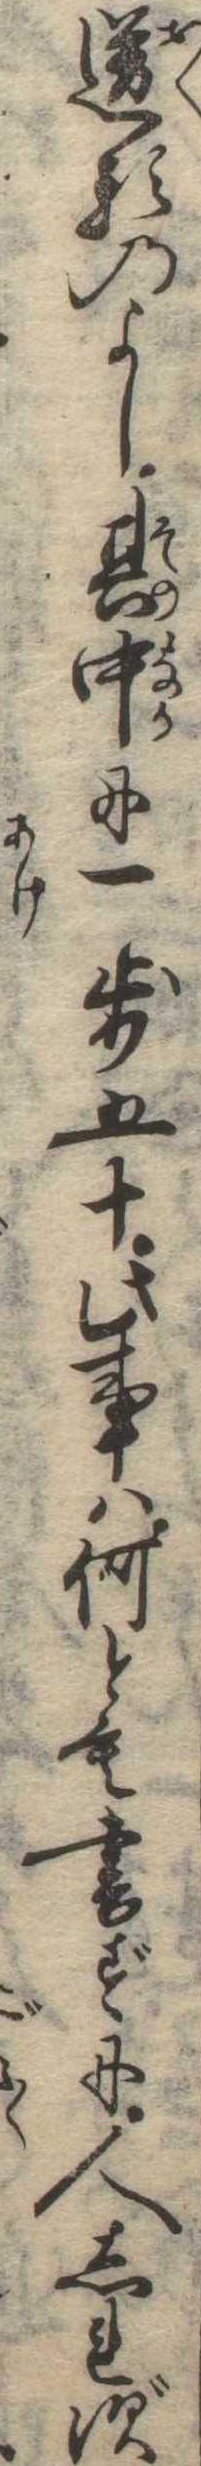
送るのよし其中に一歩五十此事は何とも書ずに人しれず